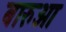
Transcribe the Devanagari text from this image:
बारुआ